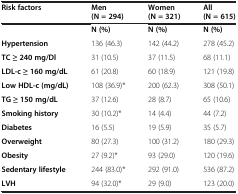
<table><thead><tr><td><b>Risk factors</b></td><td><b>Men (N = 294)</b></td><td><b>Women (N = 321)</b></td><td><b>All (N = 615)</b></td></tr></thead><tbody><tr><td> </td><td><b>N (%)</b></td><td><b>N (%)</b></td><td><b>N (%)</b></td></tr><tr><td><b>Hypertension</b></td><td>136 (46.3)</td><td>142 (44.2)</td><td>278 (45.2)</td></tr><tr><td><b>TC ≥ 240 mg/Dl</b></td><td>31 (10.5)</td><td>37 (11.5)</td><td>68 (11.1)</td></tr><tr><td><b>LDL-c ≥ 160 mg/dL</b></td><td>61 (20.8)</td><td>60 (18.9)</td><td>121 (19.8)</td></tr><tr><td><b>Low HDL-c (mg/dL)</b></td><td>108 (36.9)*</td><td>200 (62.3)</td><td>308 (50.1)</td></tr><tr><td><b>TG ≥ 150 mg/dL</b></td><td>37 (12.6)</td><td>28 (8.7)</td><td>65 (10.6)</td></tr><tr><td><b>Smoking history</b></td><td>30 (10.2)*</td><td>14 (4.4)</td><td>44 (7.2)</td></tr><tr><td><b>Diabetes</b></td><td>16 (5.5)</td><td>19 (5.9)</td><td>35 (5.7)</td></tr><tr><td><b>Overweight</b></td><td>80 (27.3)</td><td>100 (31.2)</td><td>180 (29.3)</td></tr><tr><td><b>Obesity</b></td><td>27 (9.2)*</td><td>93 (29.0)</td><td>120 (19.6)</td></tr><tr><td><b>Sedentary lifestyle</b></td><td>244 (83.0)*</td><td>292 (91.0)</td><td>536 (87.2)</td></tr><tr><td><b>LVH</b></td><td>94 (32.0)*</td><td>29 (9.0)</td><td>123 (20.0)</td></tr></tbody></table>